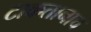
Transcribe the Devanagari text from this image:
टाकतानाच